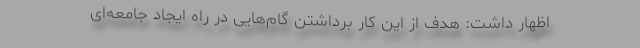
اظهار داشت: هدف از این کار برداشتن گام‌هایی در راه ایجاد جامعه‌ای